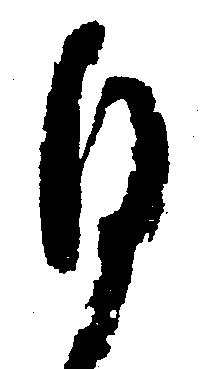
ひ